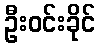
ဦးဝင်းခိုင်